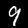
Label: 9